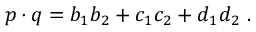
p \cdot q = b _ { 1 } b _ { 2 } + c _ { 1 } c _ { 2 } + d _ { 1 } d _ { 2 } ~ .